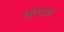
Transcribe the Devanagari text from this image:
वांगपो